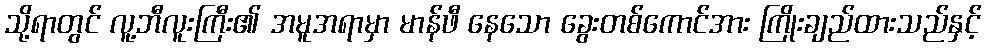
သို့ရာတွင် လူ့ဘီလူးကြီး၏ အမူအရာမှာ မာန်ဖီ နေသော ခွေးတစ်ကောင်အား ကြိုးချည်ထားသည်နှင့်